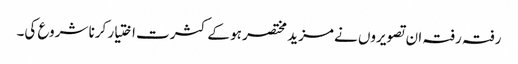
رفتہ رفتہ ان تصویروں نے مزید مختصر ہو کے کثرت اختیار کرنا شروع کی۔